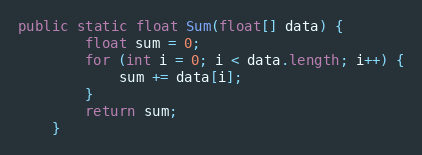
Language: Java
public static float Sum(float[] data) {
        float sum = 0;
        for (int i = 0; i < data.length; i++) {
            sum += data[i];
        }
        return sum;
    }